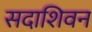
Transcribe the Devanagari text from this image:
सदाशिवन